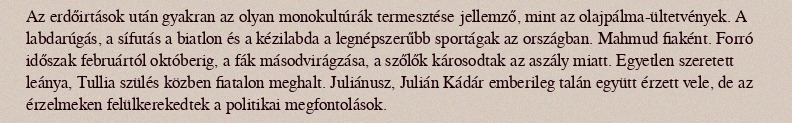
Az erdőirtások után gyakran az olyan monokultúrák termesztése jellemző, mint az olajpálma-ültetvények. A labdarúgás, a sífutás a biatlon és a kézilabda a legnépszerűbb sportágak az országban. Mahmud fiaként. Forró időszak februártól októberig, a fák másodvirágzása, a szőlők károsodtak az aszály miatt. Egyetlen szeretett leánya, Tullia szülés közben fiatalon meghalt. Juliánusz, Julián Kádár emberileg talán együtt érzett vele, de az érzelmeken felülkerekedtek a politikai megfontolások.